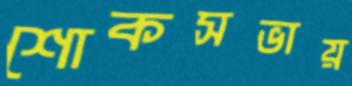
শোকসভায়